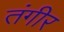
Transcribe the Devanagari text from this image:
तंगीर